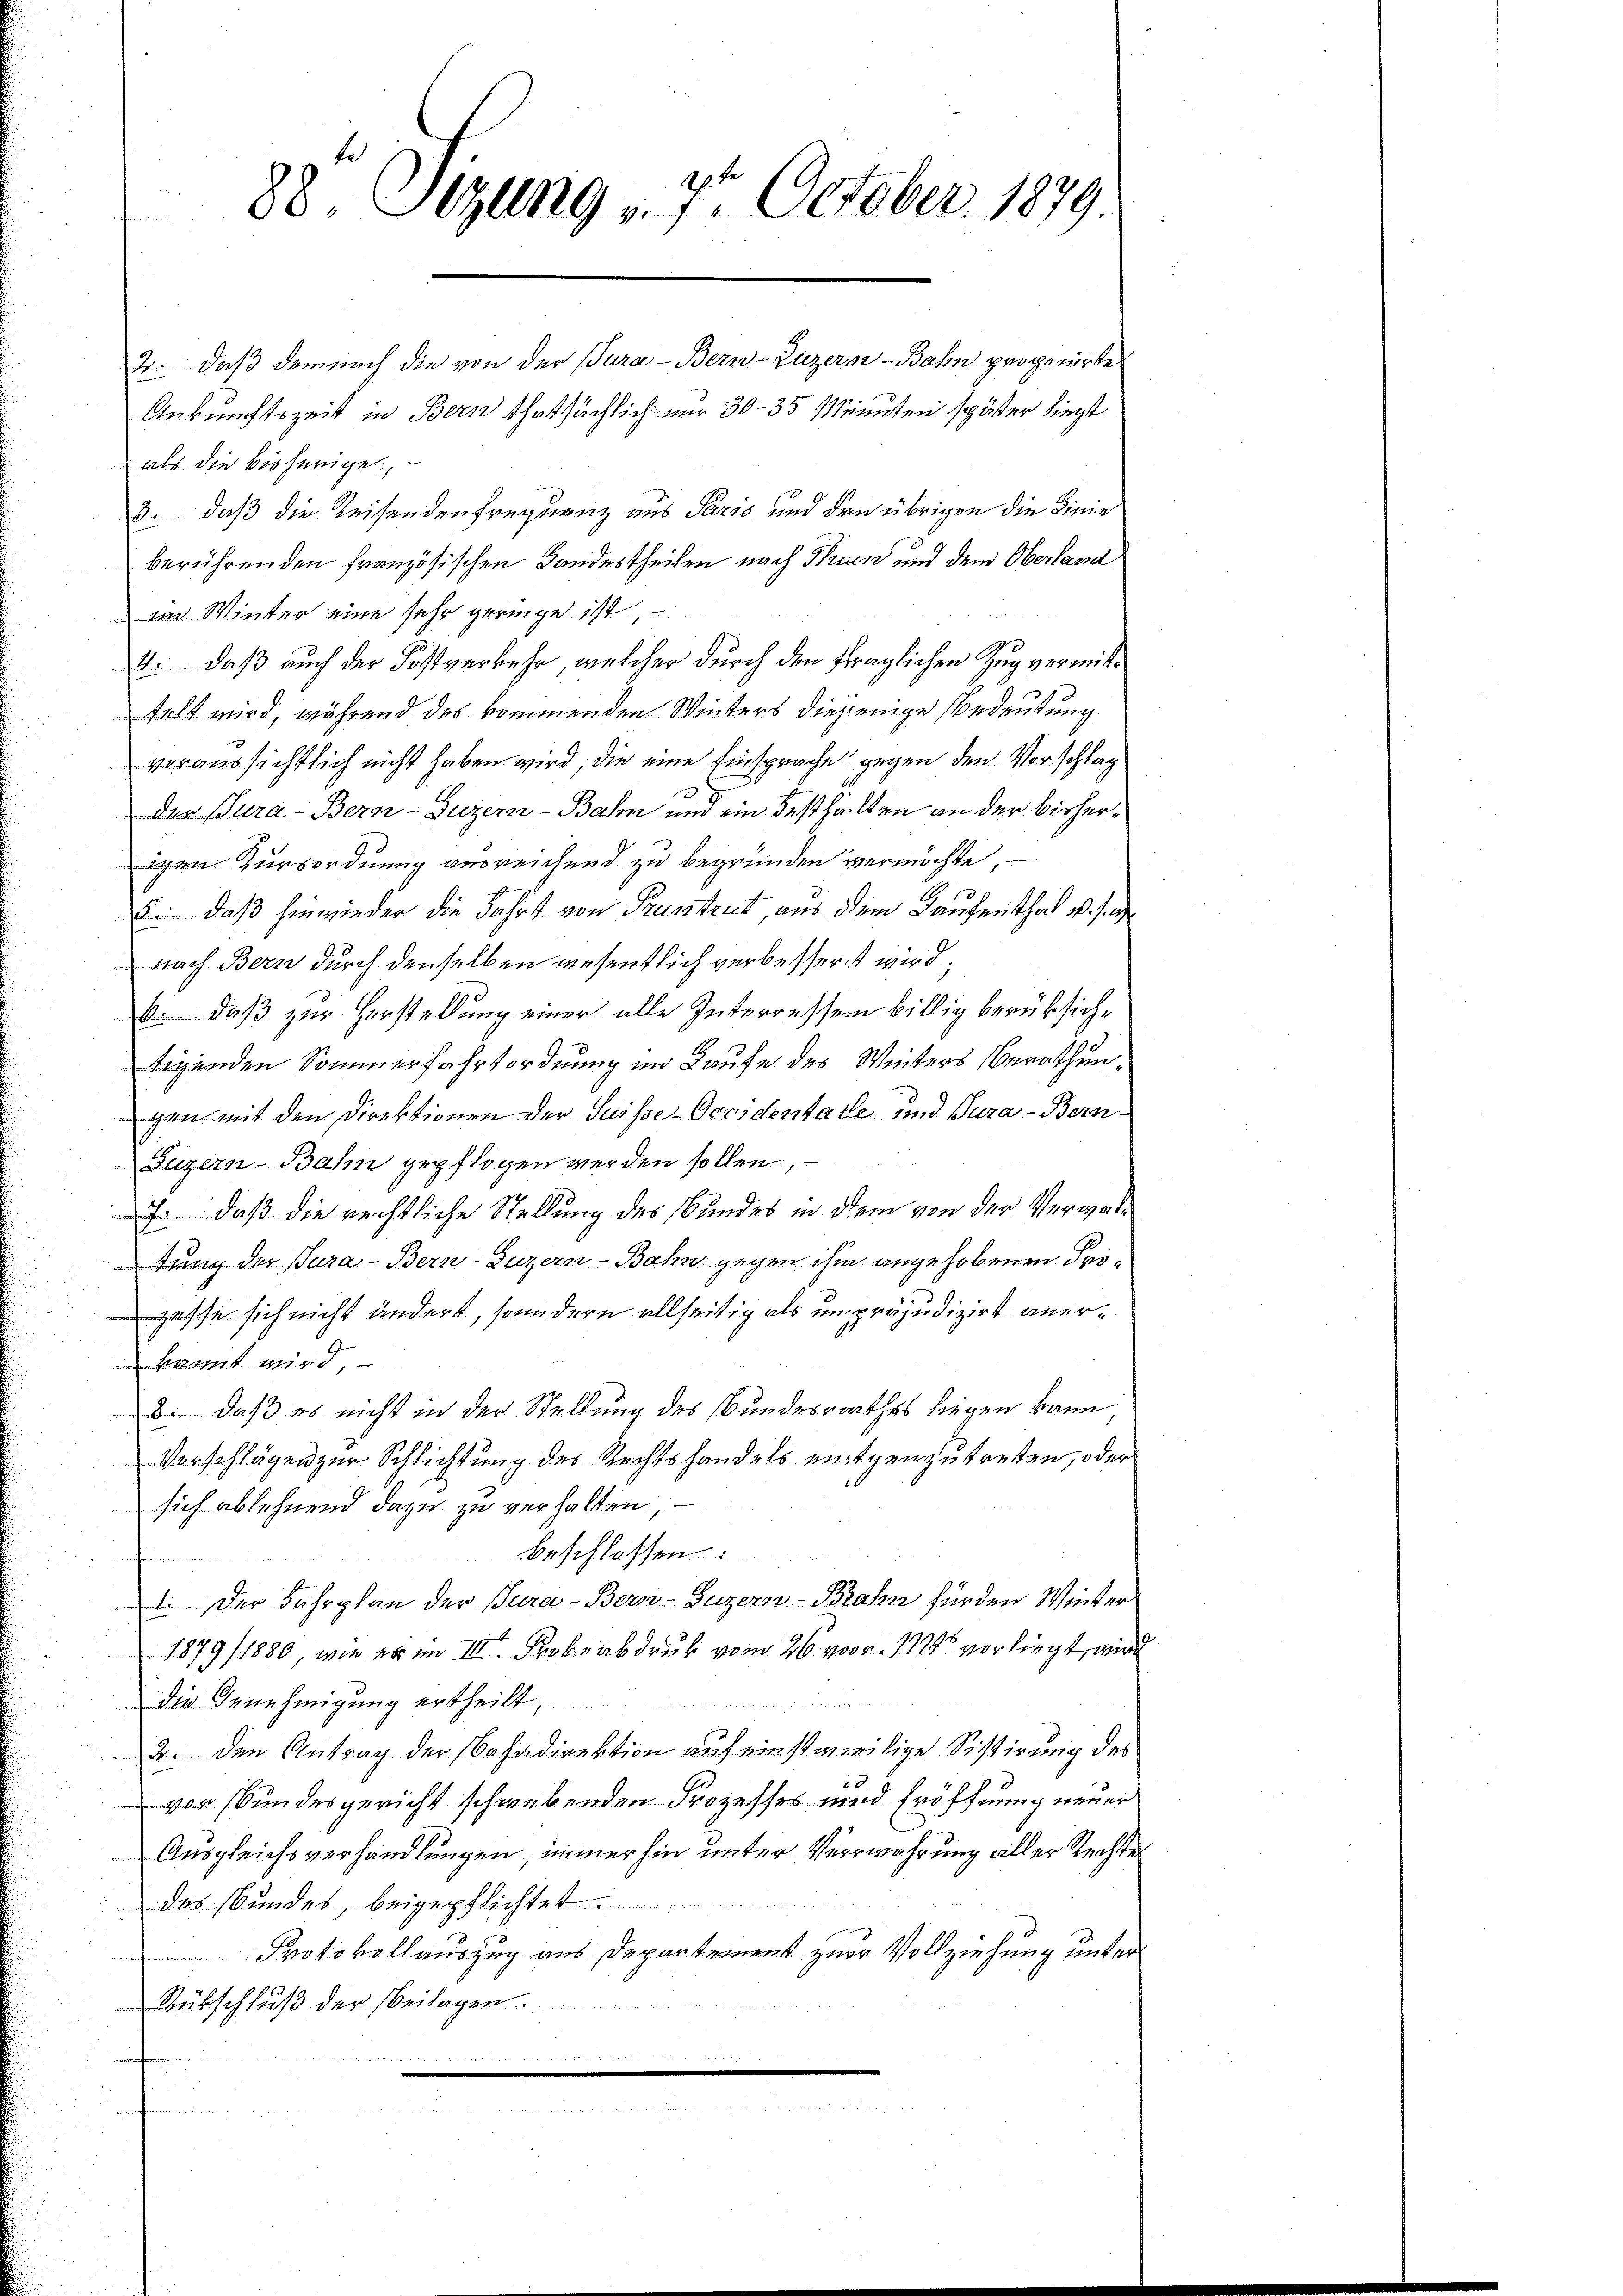
88, Sezung - 7. October 1879.

2. daß demnach die von der Para-Bern-Luzerne-Bahn proponirte
Ankunftszeit in Bern thatsächlich nur 30-35 Minuten später liegt
als die bisherige,
3. daß die Reisenden frequenz aus Paris und den übrigen die Linie
berührenden französischen Bandestheilen nach Bruck und dem Oberland
im Winter eine sehr geringe ist,
4. daß auch der Postverkehr, welcher durch den fraglichen Zug vermittfalt wird, während des kommenden Winters diejenige Bedeutung.
voraussichtlich nicht haben wird, die eine Einsprache gegen den Vorschlag
der Jura - Bern-Guzern-Bahn und ein Festhalten an der Birherigen Zursordnung ausreichend zu begründen vermöchte
E. daß hinwieder die Fahrt von Pruntrut, aus dem Kaufenthal v. J. g
nach Bern durch denselben wesentlich verbessert wird;
6. daß zur Herstellung einer alle Interressen billig berüksichtigenden Sommerfahrtordnung im Laufe des Winters Berathungen mit den Direktionen der Suisse-Ocridentale und Pura-Bern¬
Luzern-Bahn gepflogen werden sollen,
J. daß die rechtliche Stellung des Bundes in dem von der Verwaltuung der Jura - Bern-Luzern-Bahn gegen ihm angehobenen Progasse sich nicht ändert, sondern allseitig als unpräjudizirt aner¬
 kannt wird
8: daß es nicht in der Stellung des Bundesrathes liegen kann
Vorschlägen zur Schlichtung des Rechtshandels einigenzutreten, oder
sich ablehnend dazu zu verhalten, –
beschlossen:
hadminirten in
1. Der Fahrplan der Pura-Bern-Guzern-Brahn für den Winter
1879/1880, wie er im III. Probeabdruk vom 26. vor. 1824 vorliegt, wir
die Genehmigung ertheilt,
2. den Antrag der Bahndirektion auf einstweilige Sistirung des
6
von Bundesgericht schwebenden Prozesses und Eröffnung neuer
Ausgleichsverhandlungen, immer hin unter Verwahrung aller Rechte
d
das Bundes, beigepflichtet.
Protokollauszug aus Departement zur Vollziehung unter
Rübschluß der beilagen.